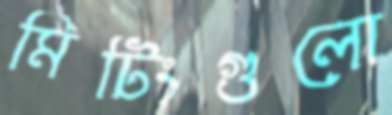
মিটিংগুলো